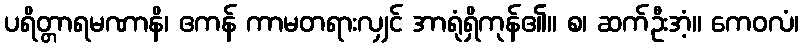
ပရိတ္တာရမဏာနိ၊ ဧကန် ကာမတရားလျှင် အာရုံရှိကုန်၏။ စ၊ ဆက်ဦးအံ့။ ကေဝလံ၊